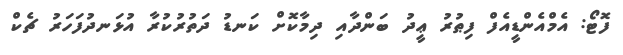
ފޮޓޯ: އެމްއެންޑީއެފް ފިޠުރު ޢީދު ބަންދާއި ދިމާކޮށް ކަނޑު ދަތުރުކުރާ އުޅަނދުފަހަރު ޗެކް